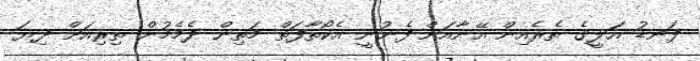
ފަނޑު އަލީގެ ތެރެއިން އޭނާއަށް ފެނުނީ އެކޯތާފަތް މަތިން ދެމެމުން ތިރިއަށް ދިޔަ